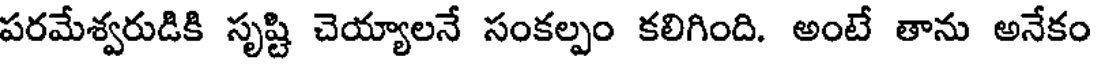
పరమేశ్వరుడికి సృష్టి చెయ్యాలనే సంకల్పం కలిగింది. అంటే తాను అనేకం